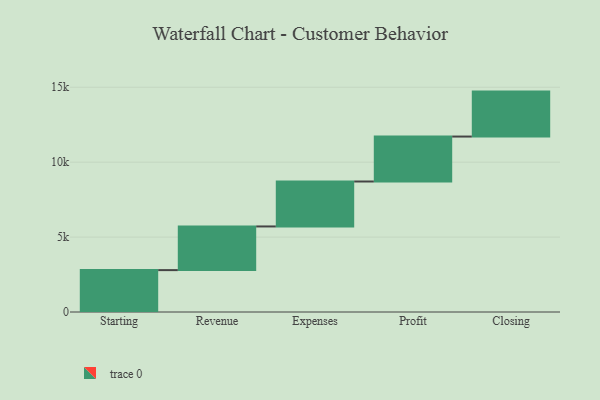
{"axis": {"x": "Step", "y": "Value"}, "legend": [""], "data": [{"x": "Starting", "y": 2795.0, "type": ""}, {"x": "Revenue", "y": 2915.0, "type": ""}, {"x": "Expenses", "y": 3000, "type": ""}, {"x": "Profit", "y": 3000, "type": ""}, {"x": "Closing", "y": 3000, "type": ""}]}